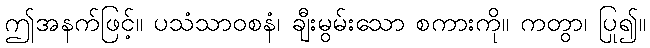
ဤအနက်ဖြင့်။ ပသံသာဝစနံ၊ ချီးမွမ်းသော စကားကို။ ကတွာ၊ ပြု၍။